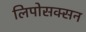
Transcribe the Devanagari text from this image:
लिपोसक्सन